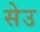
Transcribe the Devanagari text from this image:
सेउ